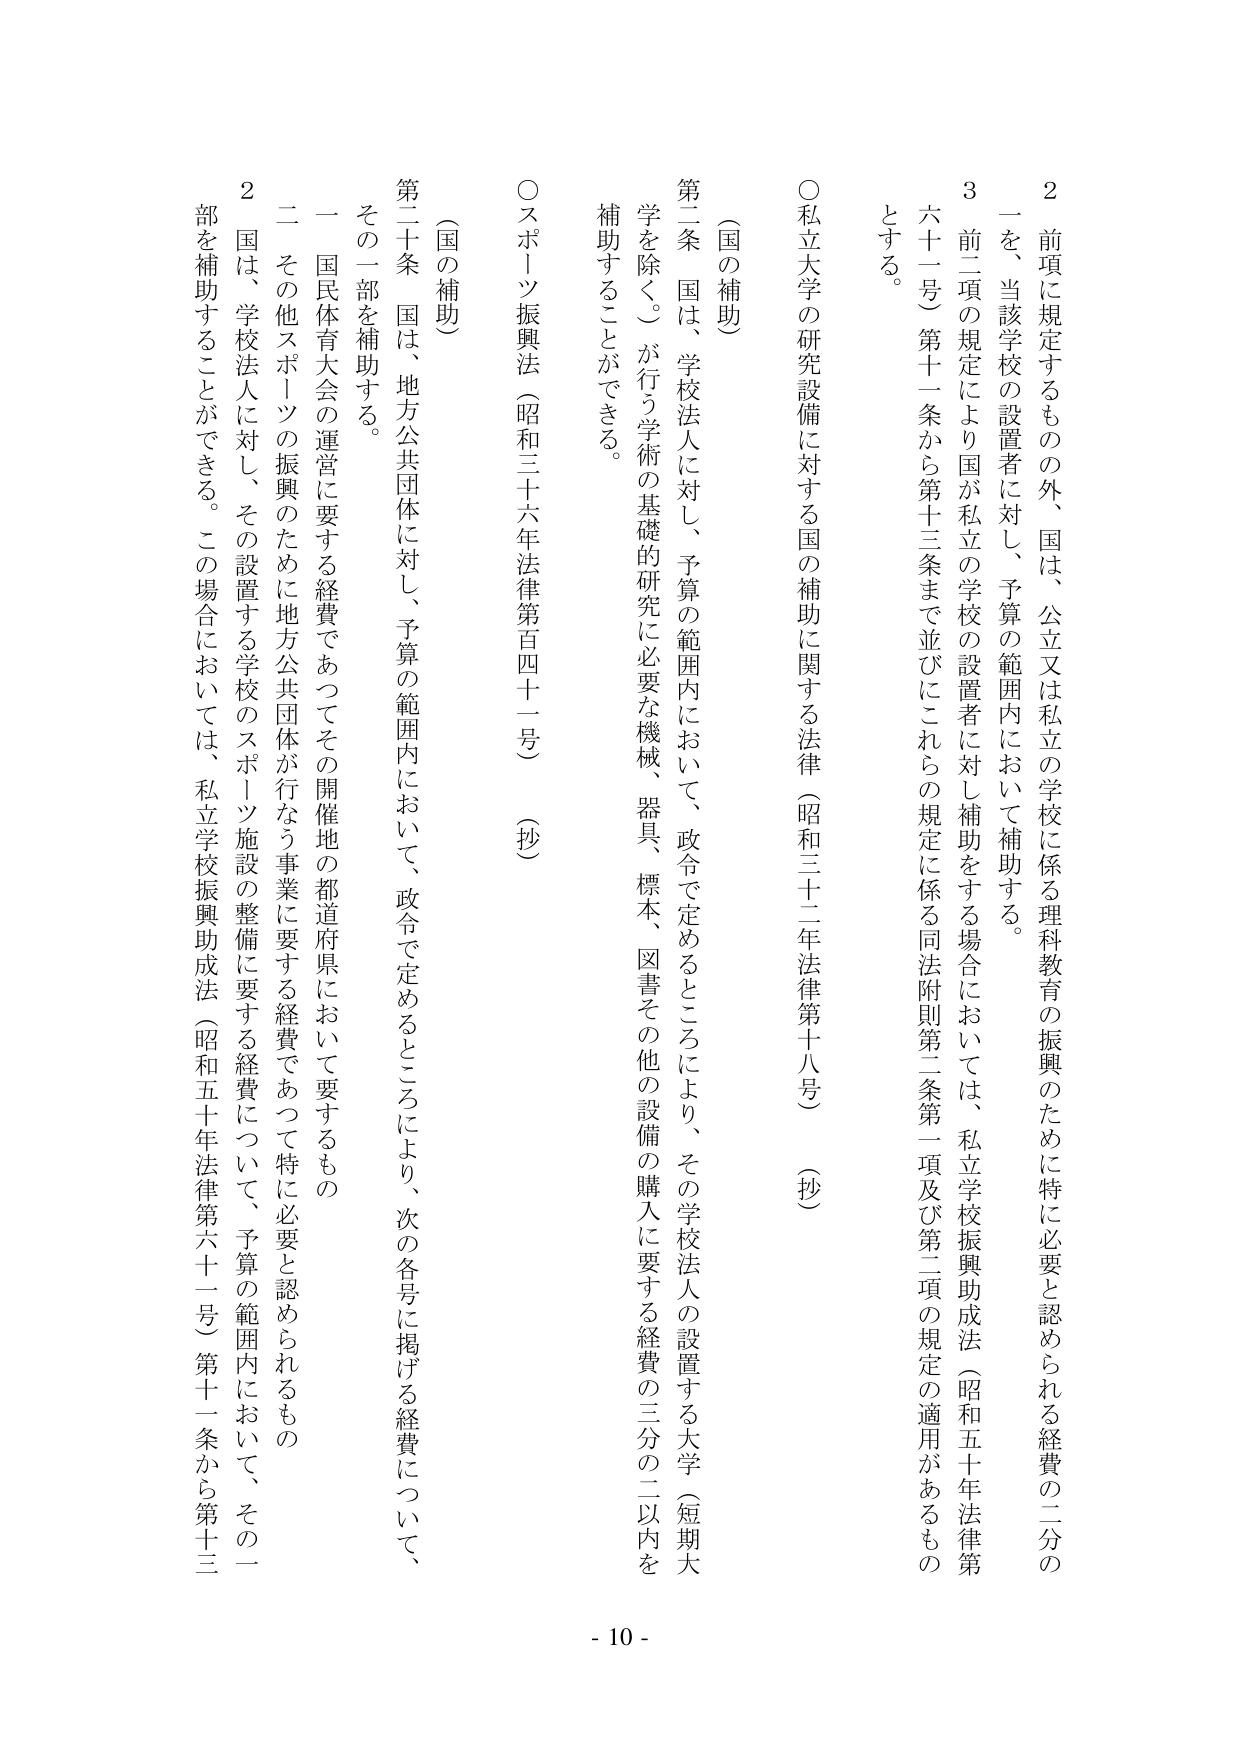
2 前項に規定するものの外、国は、公立又は私立の学校に係る理科教育の振興のために特に必要と認められる経費の二分の一を、当該学校の設置者に対し、予算の範囲内において補助する。

3 前二項の規定により国が私立の学校の設置者に対し補助をする場合においては、私立学校振興助成法（昭和五十年法律第六十一号）第十一条から第十三条まで並びにこれらの規定に係る同法附則第二条第一項及び第二項の規定の適用があるものとする。

○私立大学の研究設備に対する国の補助に関する法律（昭和三十二年法律第十八号）（抄）

（国の補助）

第二条 国は、学校法人に対し、予算の範囲内において、政令で定めるところにより、その学校法人の設置する大学（短期大学を除く。）が行う学術の基礎的研究に必要な機械、器具、標本、図書その他の設備の購入に要する経費の三分の二以内を補助することができる。

○スポーツ振興法（昭和三十六年法律第百四十一号）（抄）

（国の補助）

第二十条 国は、地方公共団体に対し、予算の範囲内において、政令で定めるところにより、次の各号に掲げる経費について、その一部を補助する。

一 国民体育大会の運営に要する経費であってその開催地の都道府県において要するもの

二 その他スポーツの振興のために地方公共団体が行なう事業に要する経費であって特に必要と認められるもの

2 国は、学校法人に対し、その設置する学校のスポーツ施設の整備に要する経費について、予算の範囲内において、その一部を補助することができる。この場合においては、私立学校振興助成法（昭和五十年法律第六十一号）第十一条から第十三条

- 10 -